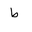
Letter: _da